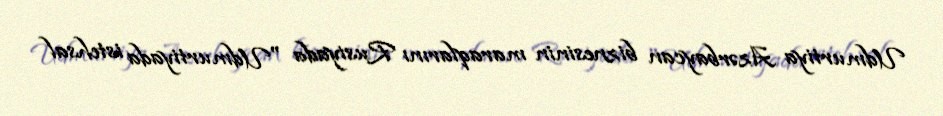
Udmurtiya Azərbaycan biznesinin maraqlarını Rusiyada "Udmurtiyada istehsal